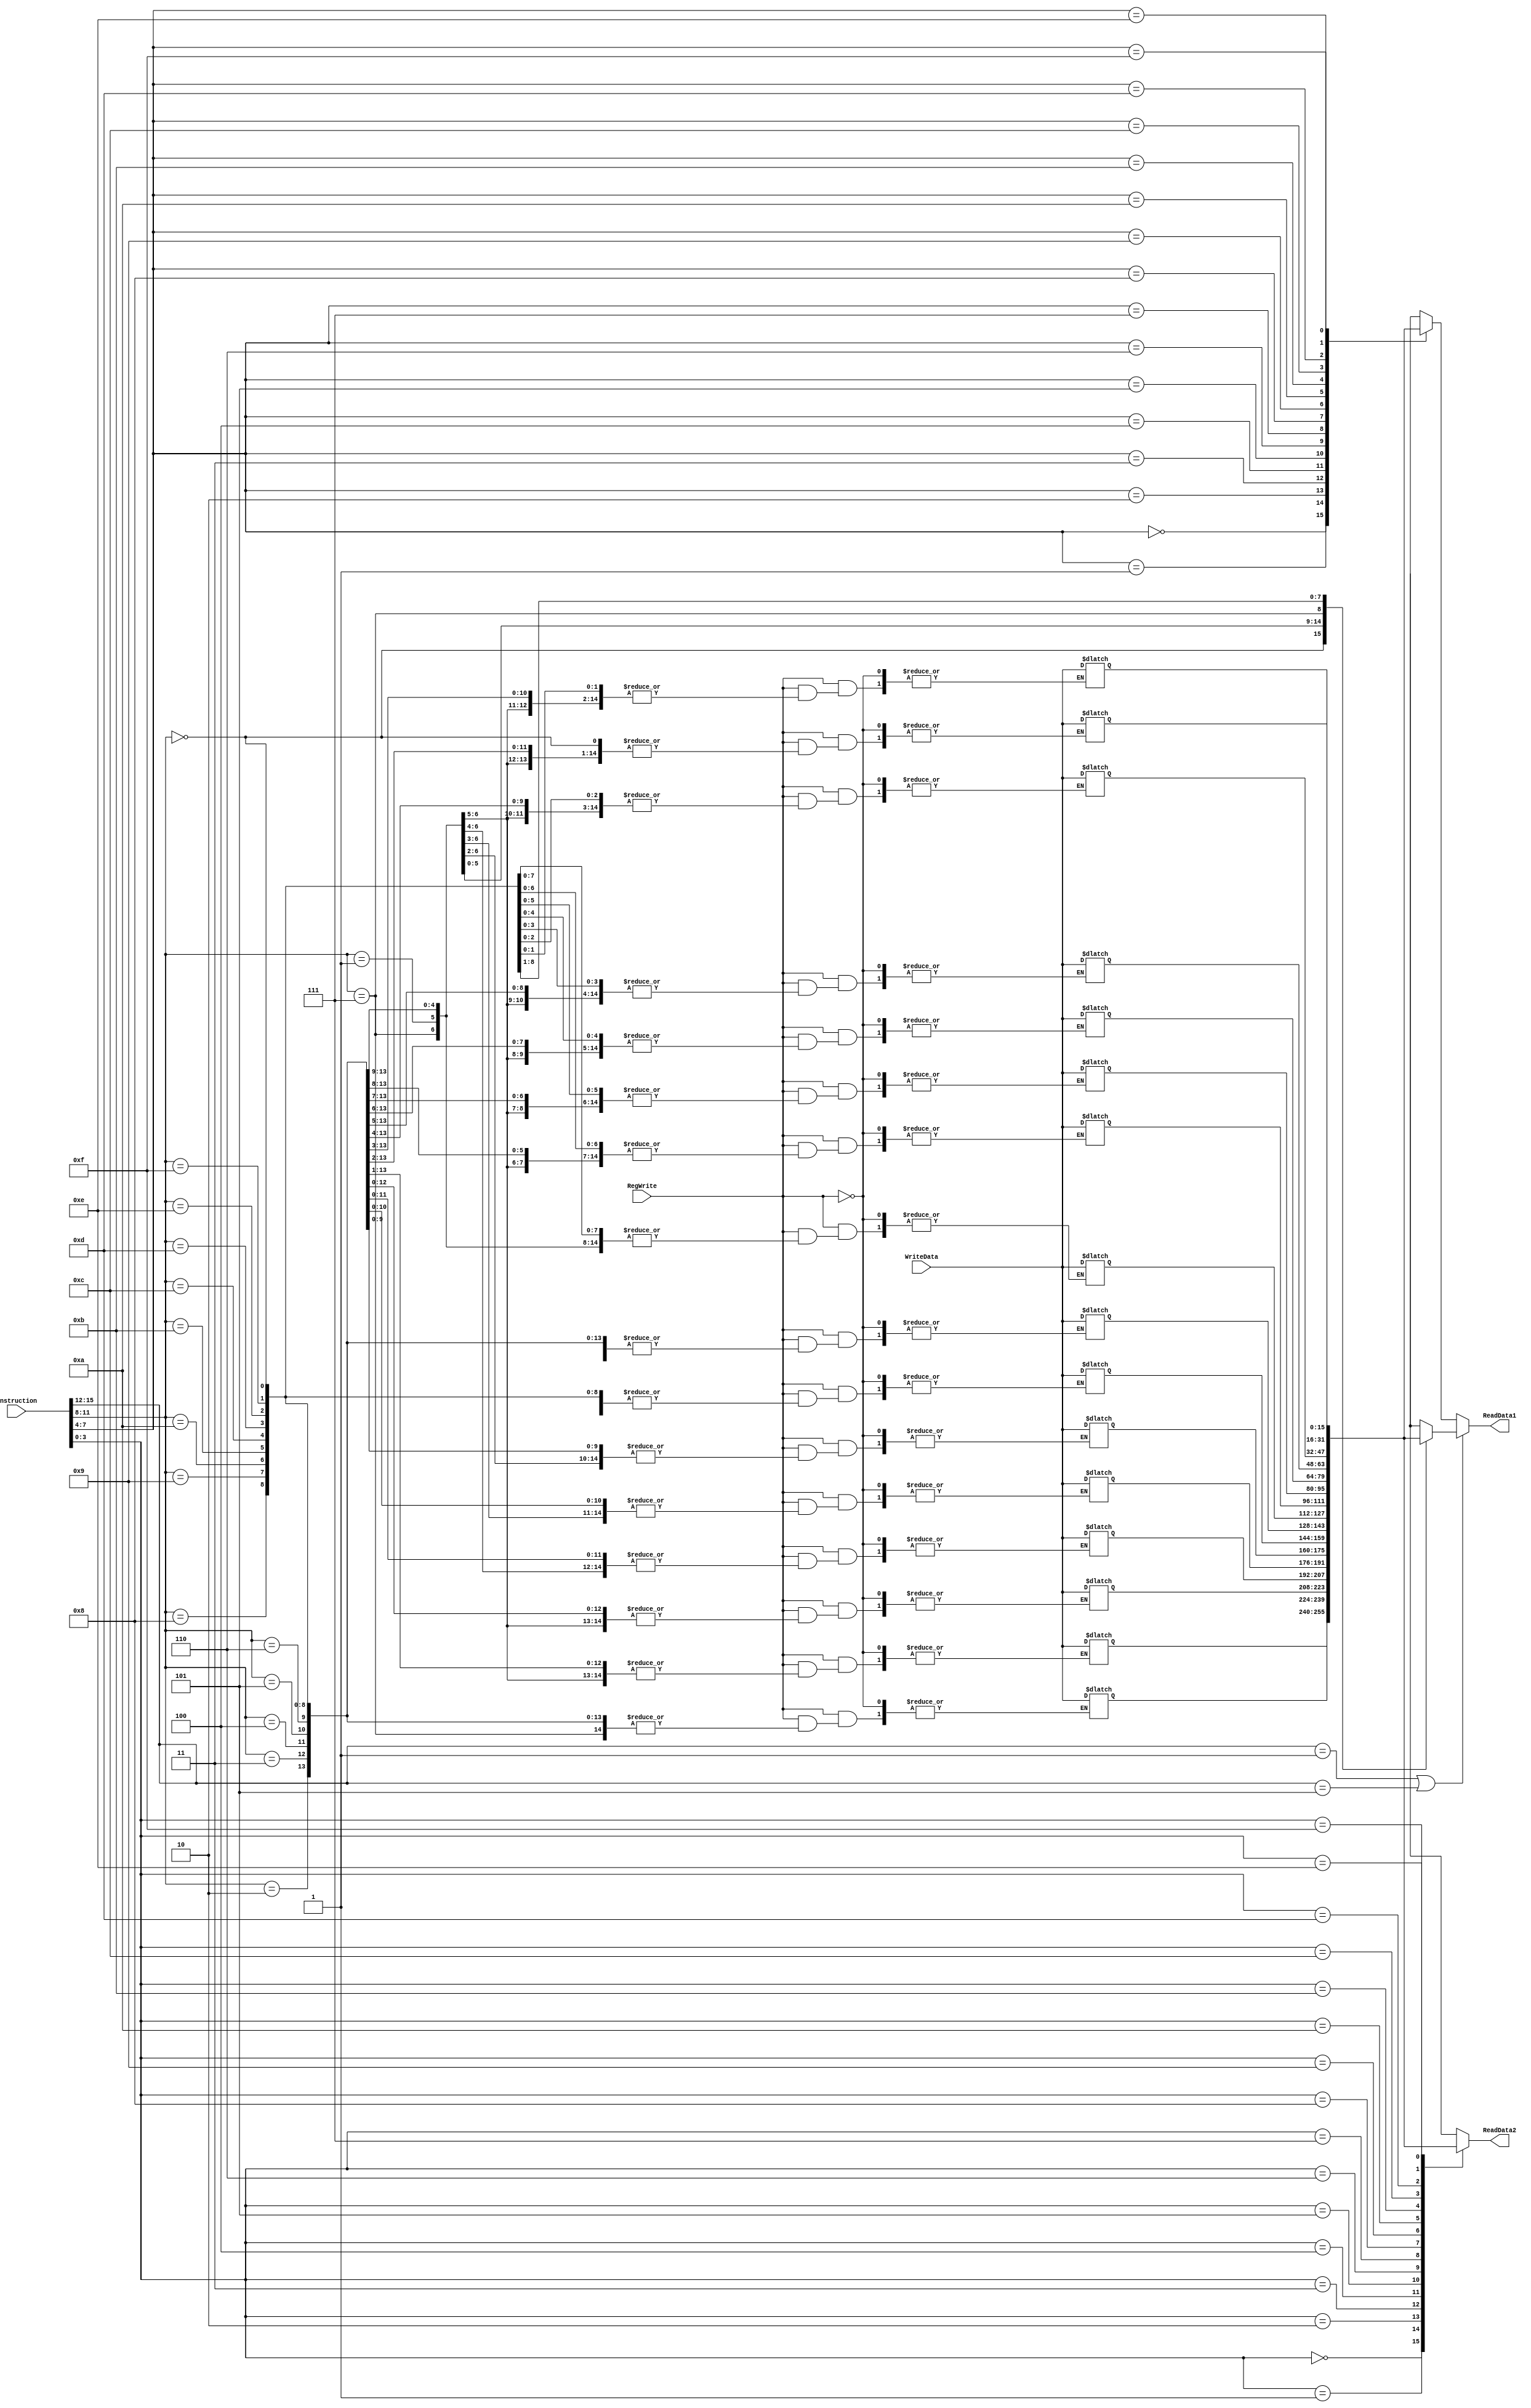
`timescale 1ns / 1ps
//////////////////////////////////////////////////////////////////////////////////
// Company: 
// Engineer: 
// 
// Design Name: 
// Module Name: Register
// Project Name: 
// Target Devices: 
// Tool Versions: 
// Description: 
// 
// Dependencies: 
// 
// Revision:
// Revision 0.01 - File Created
// Additional Comments:
// 
//////////////////////////////////////////////////////////////////////////////////

// reg file iska size decide karna hai

module Register (                 
    input [15:0] instruction,   // 16-bit instruction
    input RegWrite,             // agar koi instruction me reg me val load karna ho 
    input [15:0] WriteData,     // koi val reg me write karni ho then
    output reg [15:0] ReadData1,    // alu ka 1st input
    output reg [15:0] ReadData2     // alu ka 2nd input
);

reg [15:0] RegFile [15:0];  // register data

always @(RegWrite or instruction or WriteData) begin  
    ReadData2 = RegFile[instruction[3:0]];
    if(instruction[15:12] == 4'b0001 || instruction[15:12] == 4'b0101) begin
        ReadData1 = RegFile[instruction[11:8]];
    end
    else begin
        ReadData1 = RegFile[instruction[7:4]];        
    end
    if(RegWrite == 1'b1) begin
        RegFile[instruction[11:8]] = WriteData ; 
    end
end
endmodule